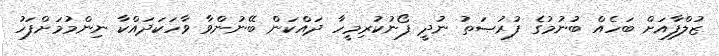
ޒުލްފާއަށް ބަހެއް ބުނުމުގެ ފުރުޞަތު ނުދީ ފޯނުކުރިމީހާ ދައްކަން ބޭނުންވާ ވާހަކަދައްކާ ނިންމުމަށްފަހު